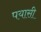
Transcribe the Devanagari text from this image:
पयासी